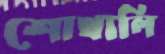
শোখালি